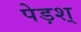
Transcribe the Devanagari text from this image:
पेड़श्